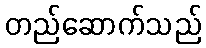
တည်ဆောက်သည်